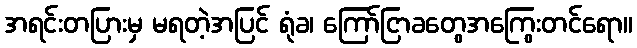
အရင်းတပြားမှ မရတဲ့အပြင် ရုံခ၊ ကြော်ငြာခတွေအကြွေးတင်ရော။